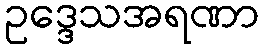
ဥဒ္ဒေသအရဏာ